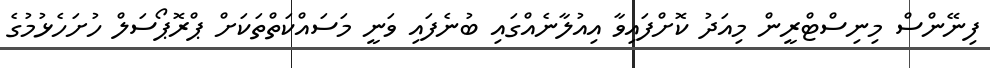
ފިނޭންސް މިނިސްޓްރީން މިއަދު ކޮށްފައިވާ އިއުލާނެއްގައި ބުނެފައި ވަނީ މަސައްކަތްތަކަށް ޕްރޮޕޯސަލް ހުށަހެޅުމުގެ